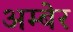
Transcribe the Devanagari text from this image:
अम्बेर